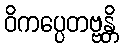
ဝိကပ္ပေတဗ္ဗန္တိ